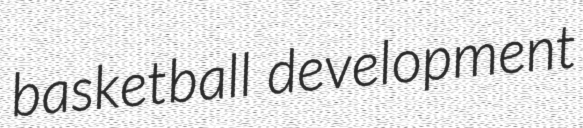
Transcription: basketball development